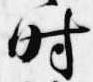
時